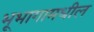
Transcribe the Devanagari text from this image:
भूभागामधील